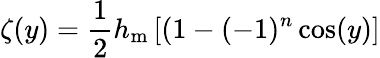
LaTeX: \zeta(y)=\frac{1}{2}h_{\mathrm{m}}\left[(1-(-1)^{n}\cos(y)\right]